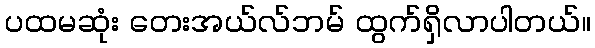
ပထမဆုံး တေးအယ်လ်ဘမ် ထွက်ရှိလာပါတယ်။